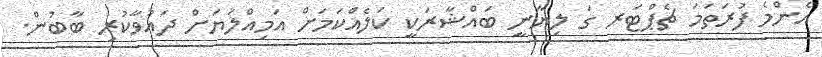
އެންމެ ފުރަތަމަ ޗެޕްޓަރ ގަ ލިޔާނީ ބައްޝާރަކީ ކަލެއްކަމަށް އަމިއްލަޔަށް ދައުވާކުރި ބާބުން.